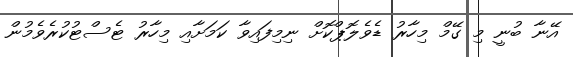
އޭނާ ބުނީ މި ގޭމް މިހާރު ޑެވެލޮޕްކޮށް ނިމިފައިވާ ކަމަށާއި މިހާރު ޓެސްޓުކުރެވެމުން